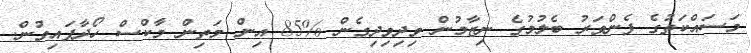
މަސައްކަތުގެ ފެންވަރު ބެލުމުގެ ނިޒާމުން ވިދިވިދިގެން %85 އިން މަތިން މާކްސް ހޯދާފައިވުން.